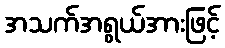
အသက်အရွယ်အားဖြင့်